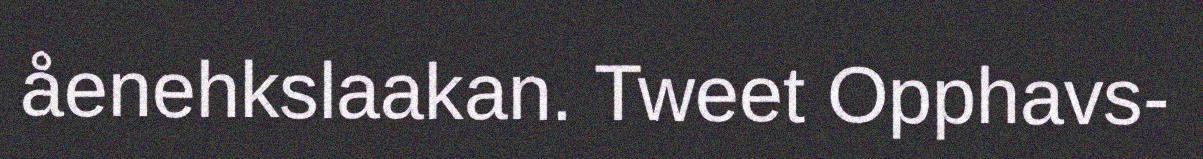
åenehkslaakan. Tweet Opphavs-